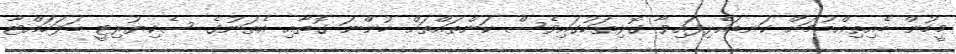
މީހުން ބެއިތިއްބުމަށް ކަނޑައެޅިފައިވާ ގޮޅިތަކުގައިވެސް ކަންތައްތައް ހުންނަ ގޮތާއި އެތަނުގެ ސެކިޔުރިޓީ ބަލަހައްޓާ